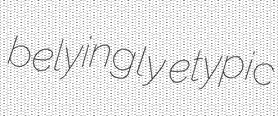
belyingly etypic